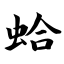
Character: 蛤